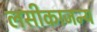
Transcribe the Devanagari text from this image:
लसीकाजन्य